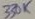
Text: 330K